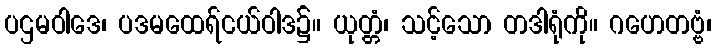
ပဌမဝါဒေ၊ ပဒမထေရ်ငယ်ဝါဒ၌။ ယုတ္တံ၊ သင့်သော တဒါရုံကို။ ဂဟေတဗ္ဗံ၊